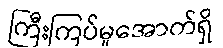
ကြီးကြပ်မှုအောက်ရှိ